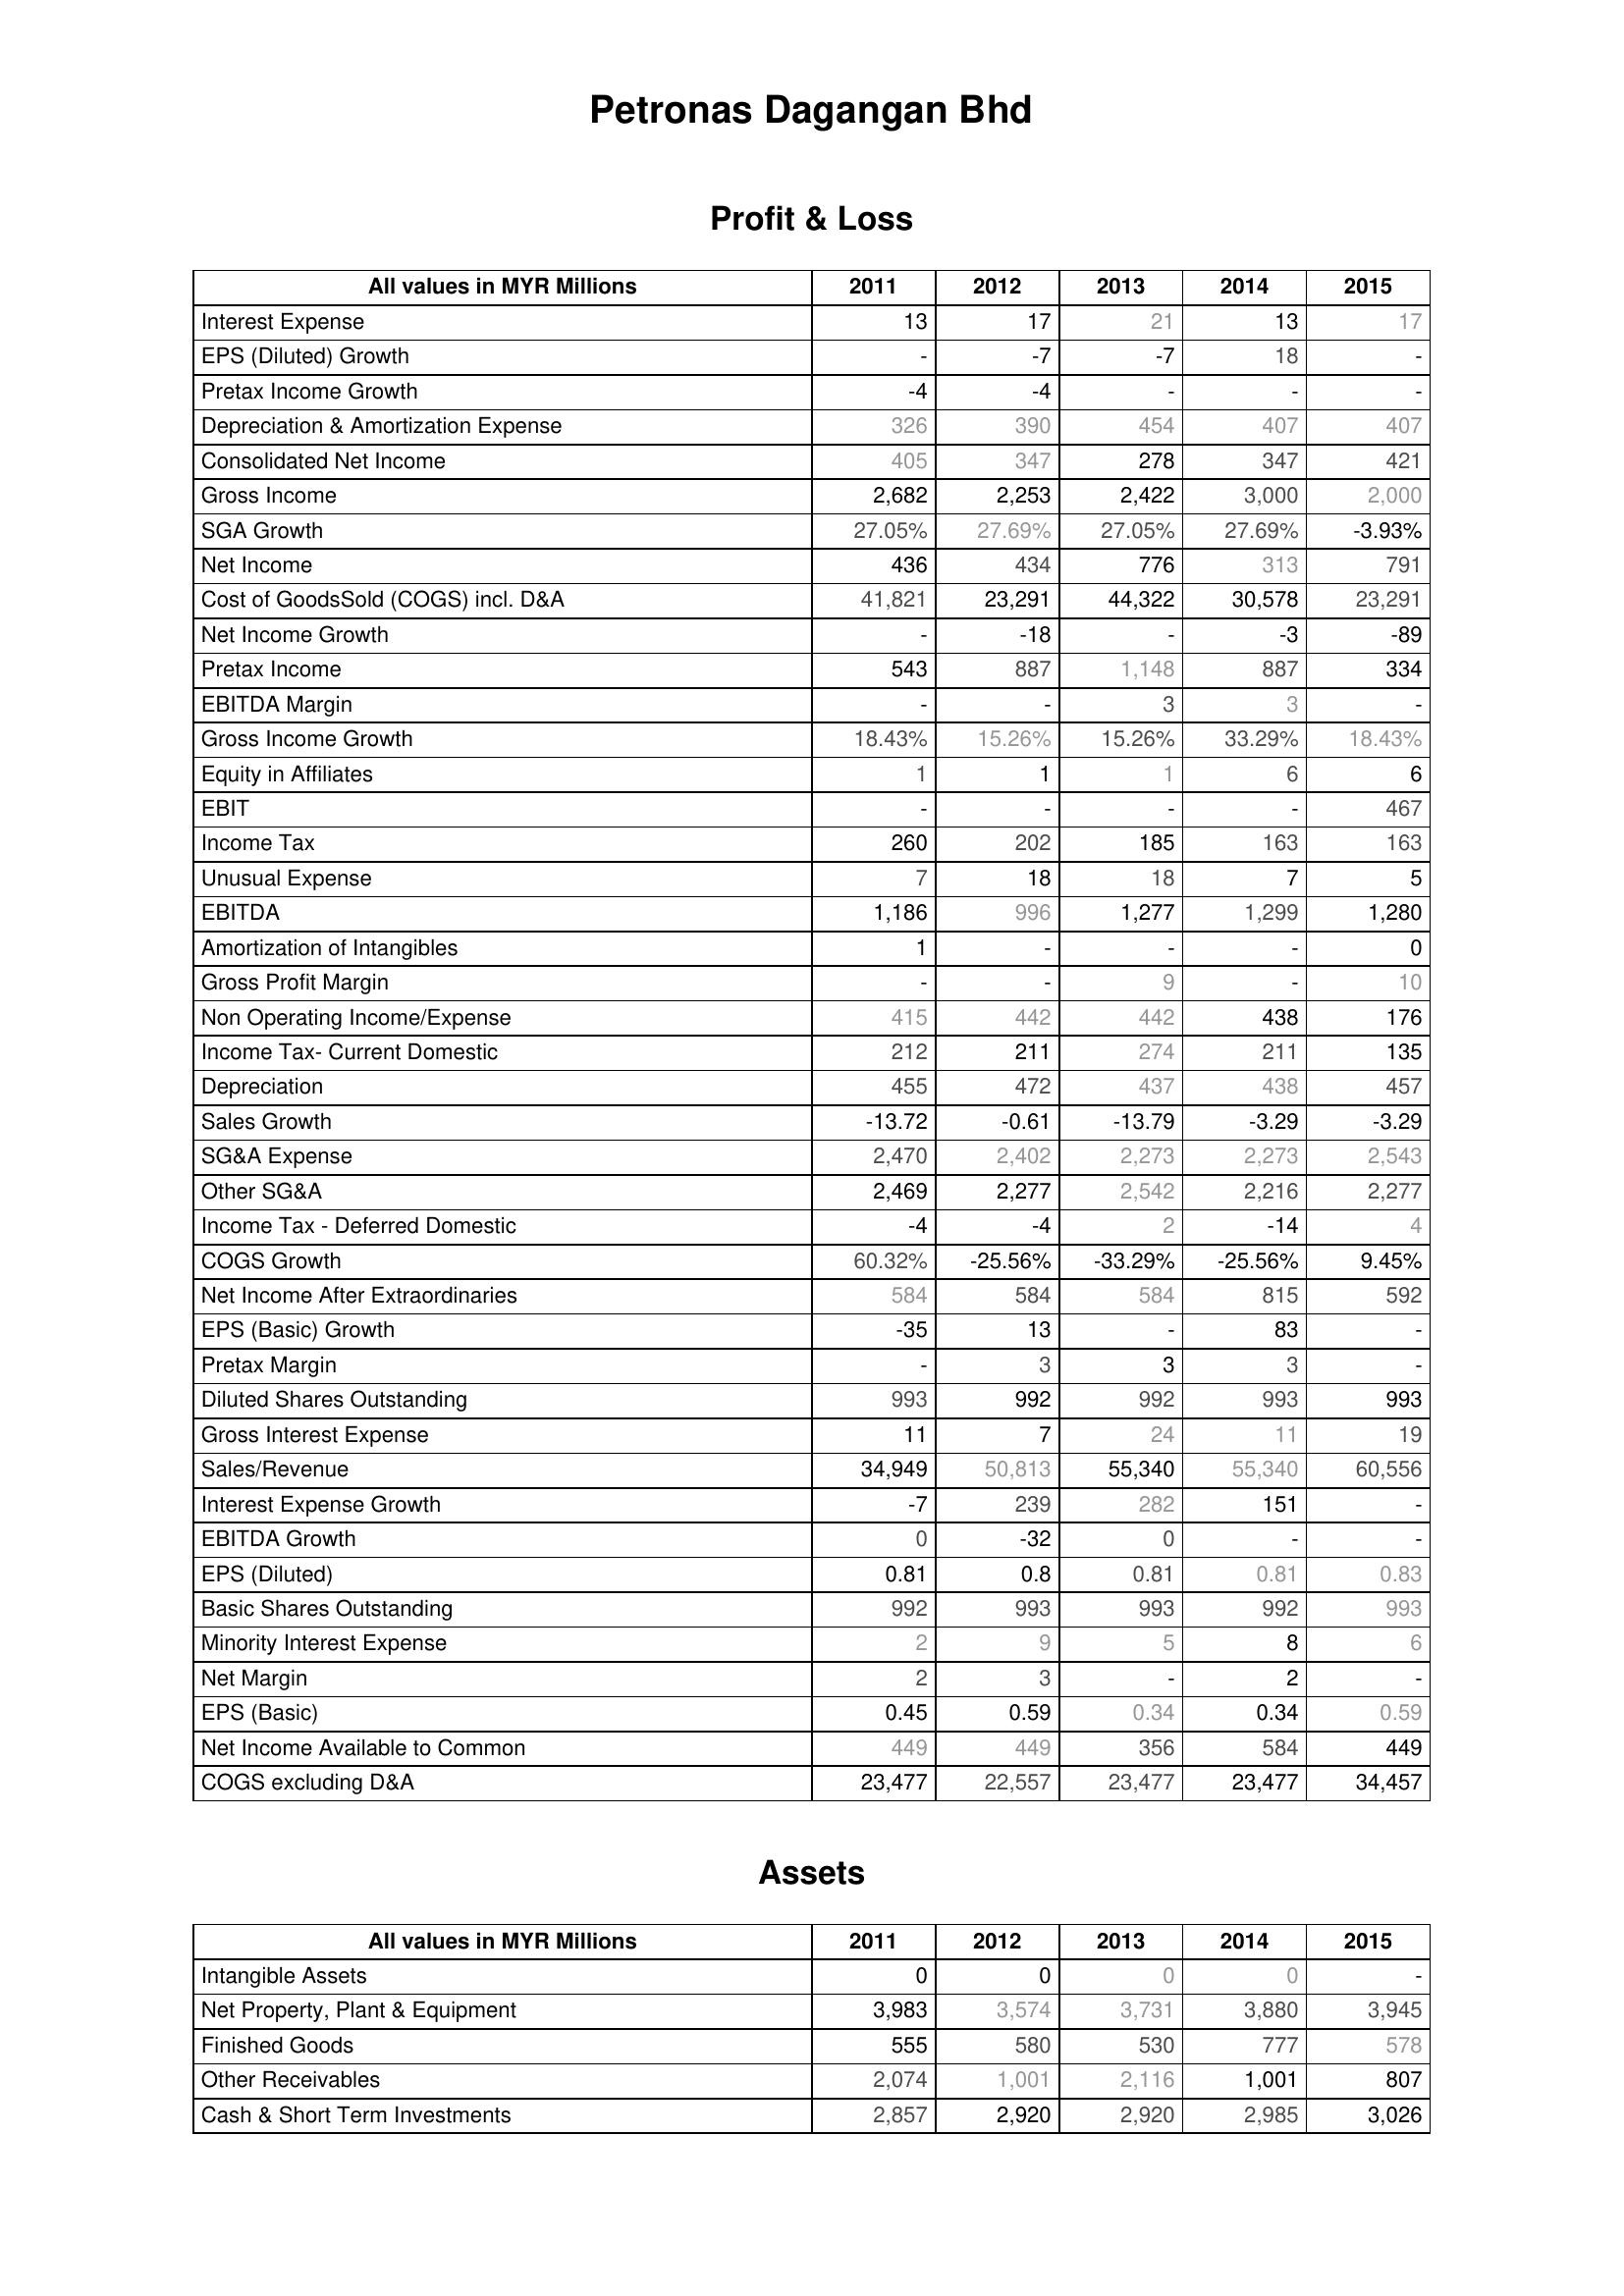
2011: Profit & Loss: Interest Expense: 13
EPS (Diluted) Growth: -
Pretax Income Growth: -4
Depreciation & Amortization Expense: 326
Consolidated Net Income: 405
Gross Income: 2,682
SGA Growth: 27.05%
Net Income: 436
Cost of GoodsSold (COGS) incl. D&A: 41,821
Net Income Growth: -
Pretax Income: 543
EBITDA Margin: -
Gross Income Growth: 18.43%
Equity in Affiliates: 1
EBIT: -
Income Tax: 260
Unusual Expense: 7
EBITDA: 1,186
Amortization of Intangibles: 1
Gross Profit Margin: -
Non Operating Income/Expense: 415
Income Tax- Current Domestic: 212
Depreciation: 455
Sales Growth: -13.72
SG&A Expense: 2,470
Other SG&A: 2,469
Income Tax - Deferred Domestic: -4
COGS Growth: 60.32%
Net Income After Extraordinaries: 584
EPS (Basic) Growth: -35
Pretax Margin: -
Diluted Shares Outstanding: 993
Gross Interest Expense: 11
Sales/Revenue: 34,949
Interest Expense Growth: -7
EBITDA Growth: 0
EPS (Diluted): 0.81
Basic Shares Outstanding: 992
Minority Interest Expense: 2
Net Margin: 2
EPS (Basic): 0.45
Net Income Available to Common: 449
COGS excluding D&A: 23,477
Assets: Intangible Assets: 0
Net Property, Plant & Equipment: 3,983
Finished Goods: 555
Other Receivables: 2,074
Cash & Short Term Investments: 2,857
2012: Profit & Loss: Interest Expense: 17
EPS (Diluted) Growth: -7
Pretax Income Growth: -4
Depreciation & Amortization Expense: 390
Consolidated Net Income: 347
Gross Income: 2,253
SGA Growth: 27.69%
Net Income: 434
Cost of GoodsSold (COGS) incl. D&A: 23,291
Net Income Growth: -18
Pretax Income: 887
EBITDA Margin: -
Gross Income Growth: 15.26%
Equity in Affiliates: 1
EBIT: -
Income Tax: 202
Unusual Expense: 18
EBITDA: 996
Amortization of Intangibles: -
Gross Profit Margin: -
Non Operating Income/Expense: 442
Income Tax- Current Domestic: 211
Depreciation: 472
Sales Growth: -0.61
SG&A Expense: 2,402
Other SG&A: 2,277
Income Tax - Deferred Domestic: -4
COGS Growth: -25.56%
Net Income After Extraordinaries: 584
EPS (Basic) Growth: 13
Pretax Margin: 3
Diluted Shares Outstanding: 992
Gross Interest Expense: 7
Sales/Revenue: 50,813
Interest Expense Growth: 239
EBITDA Growth: -32
EPS (Diluted): 0.8
Basic Shares Outstanding: 993
Minority Interest Expense: 9
Net Margin: 3
EPS (Basic): 0.59
Net Income Available to Common: 449
COGS excluding D&A: 22,557
Assets: Intangible Assets: 0
Net Property, Plant & Equipment: 3,574
Finished Goods: 580
Other Receivables: 1,001
Cash & Short Term Investments: 2,920
2013: Profit & Loss: Interest Expense: 21
EPS (Diluted) Growth: -7
Pretax Income Growth: -
Depreciation & Amortization Expense: 454
Consolidated Net Income: 278
Gross Income: 2,422
SGA Growth: 27.05%
Net Income: 776
Cost of GoodsSold (COGS) incl. D&A: 44,322
Net Income Growth: -
Pretax Income: 1,148
EBITDA Margin: 3
Gross Income Growth: 15.26%
Equity in Affiliates: 1
EBIT: -
Income Tax: 185
Unusual Expense: 18
EBITDA: 1,277
Amortization of Intangibles: -
Gross Profit Margin: 9
Non Operating Income/Expense: 442
Income Tax- Current Domestic: 274
Depreciation: 437
Sales Growth: -13.79
SG&A Expense: 2,273
Other SG&A: 2,542
Income Tax - Deferred Domestic: 2
COGS Growth: -33.29%
Net Income After Extraordinaries: 584
EPS (Basic) Growth: -
Pretax Margin: 3
Diluted Shares Outstanding: 992
Gross Interest Expense: 24
Sales/Revenue: 55,340
Interest Expense Growth: 282
EBITDA Growth: 0
EPS (Diluted): 0.81
Basic Shares Outstanding: 993
Minority Interest Expense: 5
Net Margin: -
EPS (Basic): 0.34
Net Income Available to Common: 356
COGS excluding D&A: 23,477
Assets: Intangible Assets: 0
Net Property, Plant & Equipment: 3,731
Finished Goods: 530
Other Receivables: 2,116
Cash & Short Term Investments: 2,920
2014: Profit & Loss: Interest Expense: 13
EPS (Diluted) Growth: 18
Pretax Income Growth: -
Depreciation & Amortization Expense: 407
Consolidated Net Income: 347
Gross Income: 3,000
SGA Growth: 27.69%
Net Income: 313
Cost of GoodsSold (COGS) incl. D&A: 30,578
Net Income Growth: -3
Pretax Income: 887
EBITDA Margin: 3
Gross Income Growth: 33.29%
Equity in Affiliates: 6
EBIT: -
Income Tax: 163
Unusual Expense: 7
EBITDA: 1,299
Amortization of Intangibles: -
Gross Profit Margin: -
Non Operating Income/Expense: 438
Income Tax- Current Domestic: 211
Depreciation: 438
Sales Growth: -3.29
SG&A Expense: 2,273
Other SG&A: 2,216
Income Tax - Deferred Domestic: -14
COGS Growth: -25.56%
Net Income After Extraordinaries: 815
EPS (Basic) Growth: 83
Pretax Margin: 3
Diluted Shares Outstanding: 993
Gross Interest Expense: 11
Sales/Revenue: 55,340
Interest Expense Growth: 151
EBITDA Growth: -
EPS (Diluted): 0.81
Basic Shares Outstanding: 992
Minority Interest Expense: 8
Net Margin: 2
EPS (Basic): 0.34
Net Income Available to Common: 584
COGS excluding D&A: 23,477
Assets: Intangible Assets: 0
Net Property, Plant & Equipment: 3,880
Finished Goods: 777
Other Receivables: 1,001
Cash & Short Term Investments: 2,985
2015: Profit & Loss: Interest Expense: 17
EPS (Diluted) Growth: -
Pretax Income Growth: -
Depreciation & Amortization Expense: 407
Consolidated Net Income: 421
Gross Income: 2,000
SGA Growth: -3.93%
Net Income: 791
Cost of GoodsSold (COGS) incl. D&A: 23,291
Net Income Growth: -89
Pretax Income: 334
EBITDA Margin: -
Gross Income Growth: 18.43%
Equity in Affiliates: 6
EBIT: 467
Income Tax: 163
Unusual Expense: 5
EBITDA: 1,280
Amortization of Intangibles: 0
Gross Profit Margin: 10
Non Operating Income/Expense: 176
Income Tax- Current Domestic: 135
Depreciation: 457
Sales Growth: -3.29
SG&A Expense: 2,543
Other SG&A: 2,277
Income Tax - Deferred Domestic: 4
COGS Growth: 9.45%
Net Income After Extraordinaries: 592
EPS (Basic) Growth: -
Pretax Margin: -
Diluted Shares Outstanding: 993
Gross Interest Expense: 19
Sales/Revenue: 60,556
Interest Expense Growth: -
EBITDA Growth: -
EPS (Diluted): 0.83
Basic Shares Outstanding: 993
Minority Interest Expense: 6
Net Margin: -
EPS (Basic): 0.59
Net Income Available to Common: 449
COGS excluding D&A: 34,457
Assets: Intangible Assets: -
Net Property, Plant & Equipment: 3,945
Finished Goods: 578
Other Receivables: 807
Cash & Short Term Investments: 3,026